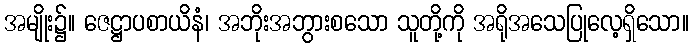
အမျိုး၌။ ဇေဋ္ဌာပစာယိနံ၊ အဘိုးအဘွားစသော သူတို့ကို အရိုအသေပြုလေ့ရှိသော။